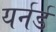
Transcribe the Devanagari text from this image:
यर्नर्ड